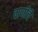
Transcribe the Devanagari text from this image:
वाणींचे